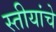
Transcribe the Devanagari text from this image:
स्तीयांचे